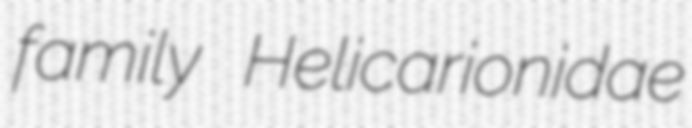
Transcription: family Helicarionidae